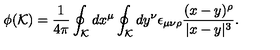
\phi ( { \cal K } ) = { \frac { 1 } { 4 \pi } } \oint _ { \cal K } d x ^ { \mu } \oint _ { \cal K } d y ^ { \nu } \epsilon _ { \mu \nu \rho } { \frac { ( x - y ) ^ { \rho } } { | x - y | ^ { 3 } } } .